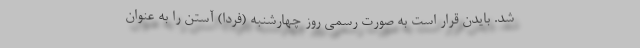
شد. بایدن قرار است به صورت رسمی روز چهارشنبه (فردا) آستن را به عنوان